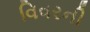
વિવરની